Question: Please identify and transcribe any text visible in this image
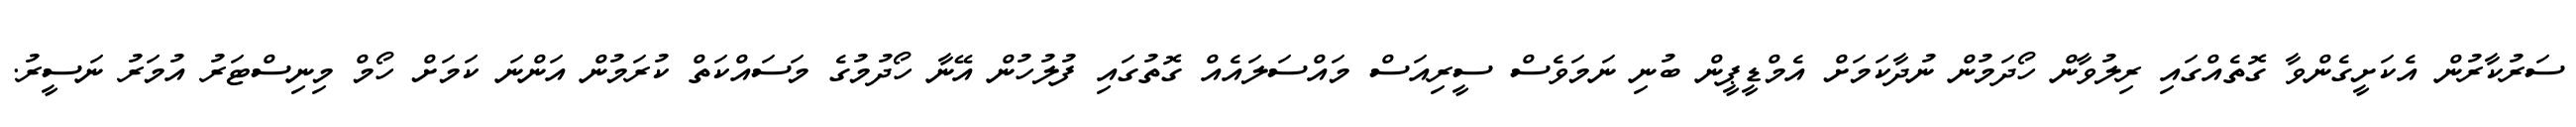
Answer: ސަރުކާރުން އެކަށީގެންވާ ގޮތެއްގައި ރިލުވާން ހޯދަމުން ނުދާކަމަށް އެމްޑީޕީން ބުނި ނަމަވެސް ސީރިއަސް މައްސަލައެއް ގޮތުގައި ފުލުހުން އޭނާ ހޯދުމުގެ މަސައްކަތް ކުރަމުން އަންނަ ކަމަށް ހޯމް މިނިސްޓަރު އުމަރު ނަސީރު.